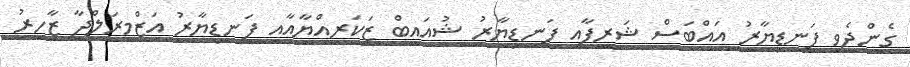
ގެންދެވި ފަނޑިޔާރު އައްބަސް ޝަރީފާއި ފަނޑިޔާރު ޝުއައިބް ޒަކަރިއްޔާއާއި ފަނޑިޔާރު އަޒްމިިރަލްދާ ޒާހިރު